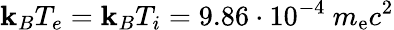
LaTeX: \mathbf{k}_{B}T_{e}=\mathbf{k}_{B}T_{i}=9.86\cdot10^{-4}~m_{\mathrm{{e}}}c^{2}